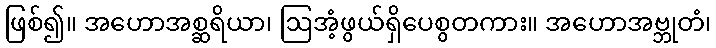
ဖြစ်၍။ အဟောအစ္ဆရိယာ၊ ဩအံ့ဖွယ်ရှိပေစွတကား။ အဟောအဗ္ဘုတံ၊